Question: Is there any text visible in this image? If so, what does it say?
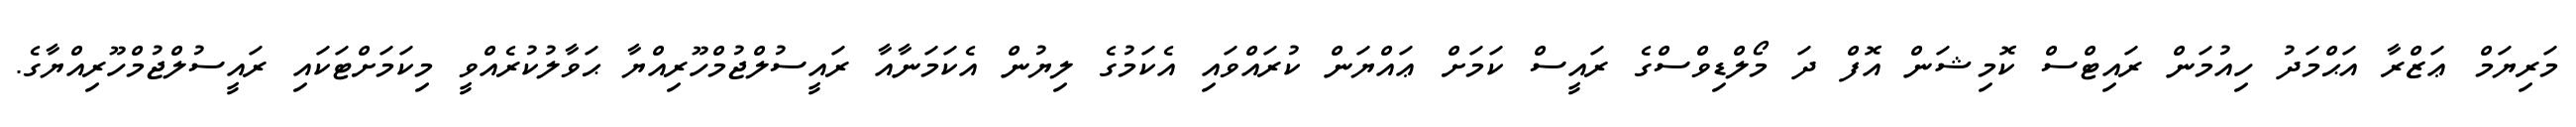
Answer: މަރިޔަމް ޢަޒްރާ އަޙްމަދު ހިއުމަން ރައިޓްސް ކޮމިޝަން އޮފް ދަ މޯލްޑިވްސްގެ ރައީސް ކަމަށް ޢައްޔަން ކުރައްވައި އެކަމުގެ ލިޔުން އެކަމަނާއާ ރައީސުލްޖުމްހޫރިއްޔާ ޙަވާލުކުރެއްވީ މިކަމަށްޓަކައި ރައީސުލްޖުމްހޫރިއްޔާގެ.